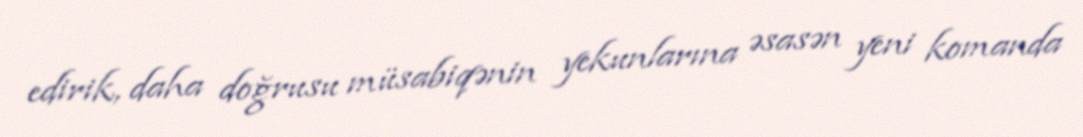
edirik, daha doğrusu müsabiqənin yekunlarına əsasən yeni komanda